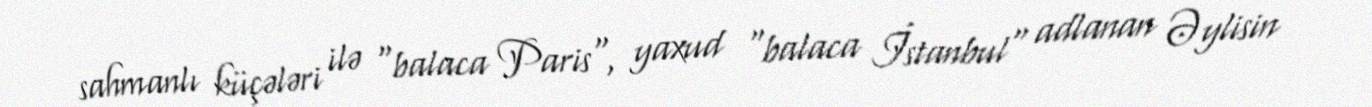
sahmanlı küçələri ilə "balaca Paris", yaxud "balaca İstanbul" adlanan Əylisin -